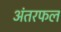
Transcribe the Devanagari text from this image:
अंतरफल